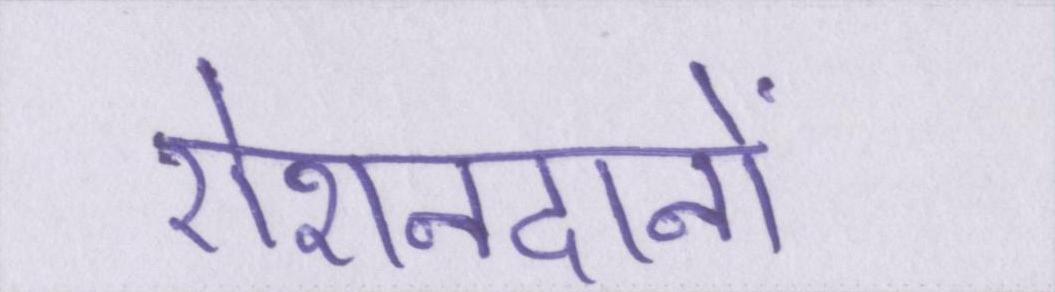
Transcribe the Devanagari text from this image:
रोशनदानों